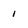
Character: i